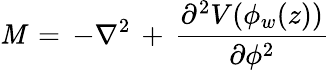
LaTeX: {\cal\mathit{M}}\, =\, -\nabla^{2}\, +\, \frac{{\partial^{2}V(\phi_{w}(z))}}{{\partial\phi^{2}}}